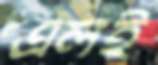
এলই